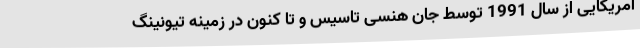
آمریکایی از سال 1991 توسط جان هنسی تاسیس و تا کنون در زمینه تیونینگ